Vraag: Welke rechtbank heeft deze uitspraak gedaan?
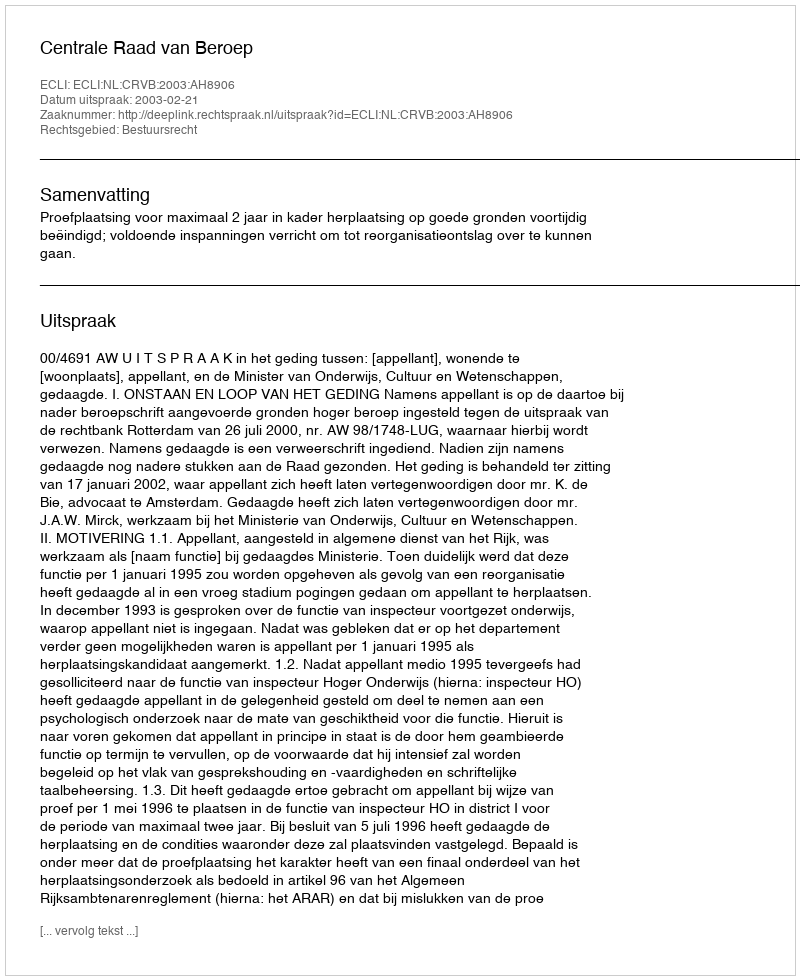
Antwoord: Centrale Raad van Beroep